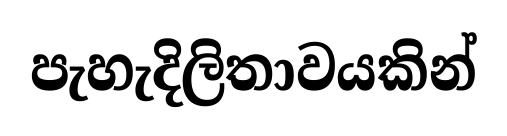
පැහැදිලිතාවයකින්